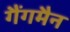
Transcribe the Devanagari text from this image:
गैंगमैन